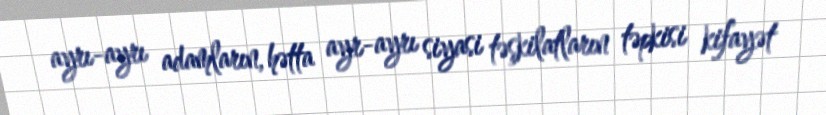
ayrı-ayrı adamların, hətta ayr-ayrı siyasi təşkilatların təpkisi kifayət